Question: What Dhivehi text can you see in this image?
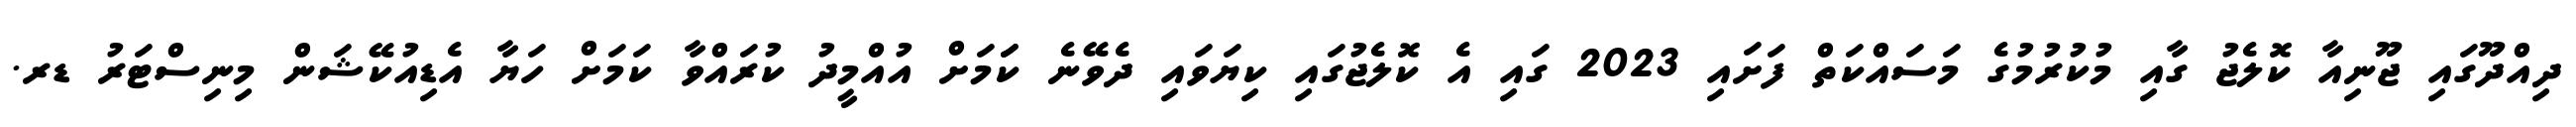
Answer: ދިއްދޫގައި ޖޫނިއާ ކޮލެޖު ގާއި މުކުރުމުގެ މަސައްކަތް ފަށައި 2023 ގައި އެ ކޮލެޖުގައި ކިޔަވައި ދެވޭނެ ކަަމަށް އުއްމީދު ކުރައްވާ ކަމަށް ހަޔާ އެޑިއުކޭޝަން މިނިސްޓަރު ޑރ.